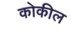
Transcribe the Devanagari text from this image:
कोकील